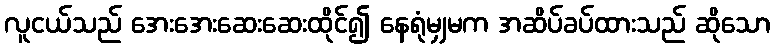
လူငယ်သည် အေးအေးဆေးဆေးထိုင်၍ နေရုံမျှမက အဆိပ်ခပ်ထားသည် ဆိုသော